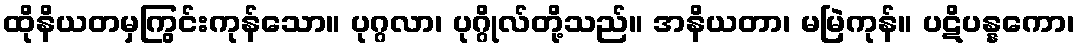
ထိုနိယတမှကြွင်းကုန်သော။ ပုဂ္ဂလာ၊ ပုဂ္ဂိုလ်တို့သည်။ အနိယတာ၊ မမြဲကုန်။ ပဋိပန္နကော၊